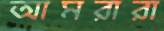
আমরারা